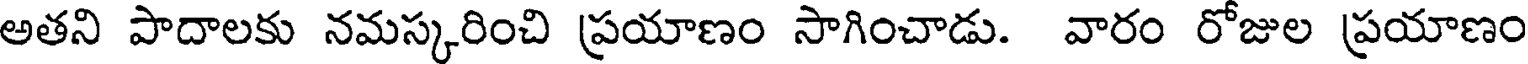
అతని పాదాలకు నమస్కరించి ప్రయాణం సాగించాడు. వారం రోజుల ప్రయాణం